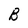
Character: B